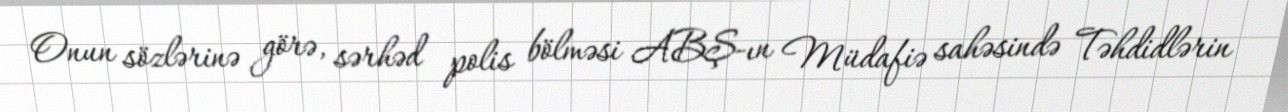
Onun sözlərinə görə, sərhəd polis bölməsi ABŞ-ın Müdafiə sahəsində Təhdidlərin